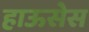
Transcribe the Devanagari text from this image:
हाऊसेस